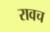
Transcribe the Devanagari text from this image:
रावच